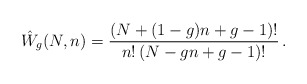
\begin{align*} \hat{W}_g(N,n) = \frac{(N+ (1-g)n +g-1)!}{n! \, ( N - g n + g-1)!} \,.\end{align*}